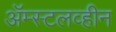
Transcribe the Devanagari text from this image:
ॲम्स्टलव्हीन